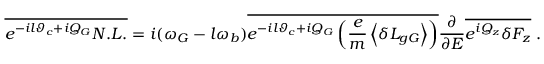
\overline { { e ^ { - i l \vartheta _ { c } + i Q _ { G } } N . L . } } = i ( \omega _ { G } - l \omega _ { b } ) \overline { { e ^ { - i l \vartheta _ { c } + i Q _ { G } } \left( \frac { e } { m } \left\langle \delta L _ { g G } \right\rangle \right) } } \frac { \partial } { \partial { \cal E } } \overline { { e ^ { i Q _ { z } } \delta F _ { z } } } \; .